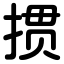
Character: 掼